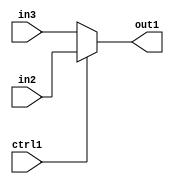
`timescale 1ps / 1ps
/*****************************************************************************
    Verilog RTL Description
    
    
    Created by: Stratus DpOpt 2019.1.01 
*******************************************************************************/

module in_buff_N_Mux_5_2_21_4_0 (
	in3,
	in2,
	ctrl1,
	out1
	); /* architecture "behavioural" */ 
input [4:0] in3,
	in2;
input  ctrl1;
output [4:0] out1;
wire [4:0] asc001;

reg [4:0] asc001_tmp_0;
assign asc001 = asc001_tmp_0;
always @ (ctrl1 or in2 or in3) begin
	case (ctrl1)
		1'B1 : asc001_tmp_0 = in2 ;
		default : asc001_tmp_0 = in3 ;
	endcase
end

assign out1 = asc001;
endmodule

/* CADENCE  uLb1TwA= : u9/ySgnWtBlWxVPRXgAZ4Og= ** DO NOT EDIT THIS LINE ******/